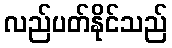
လည်ပတ်နိုင်သည်